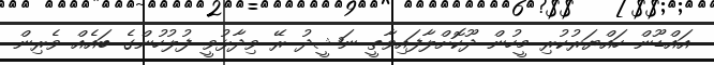
އައްޑޫން ހައްޔަރުކުރި މީހުން ދޫކޮށްލާފައިވާތީ ނަޝީދު ރޭ ވިދާޅުވީ ފުލުހުންގެ ބައެއް ވެރިން